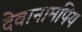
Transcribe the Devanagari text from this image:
देवानामपिय